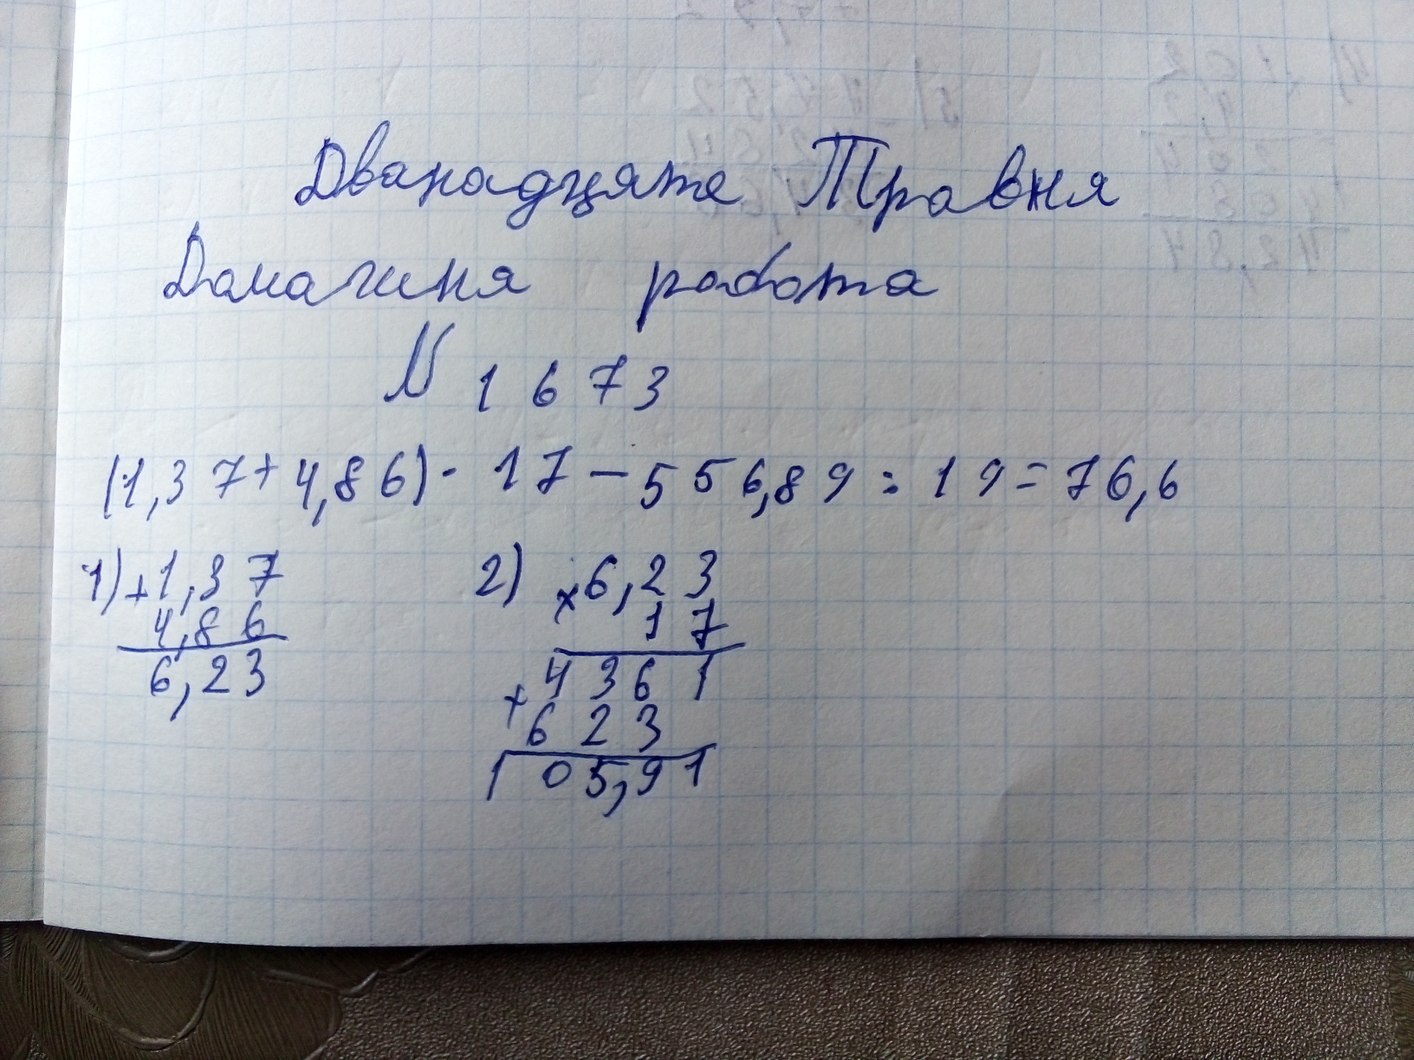
Дванадцяте Травня
Домашня робота
№ 1673
(1,37 + 4,86) * 17 - 556,89 / 19 = 76,6
2)
1,37
4,86
6,23
6,23
17
4361
623
105,91
1)